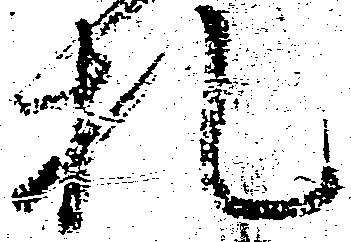
札